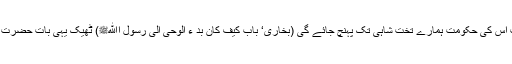
ہرقل نے کہا : اس داعی حق کے جو اوصاف یہ بیان کررہے ہیں اگر یہ سچ ہے تو عنقریب اس کی حکومت ہمارے تخت شاہی تک پہنچ جائے گی (بخاری‘ باب کیف کان بد ء الوحی الی رسول اﷲﷺ) ٹھیک یہی بات حضرت جعفر بن ابی طالب نے بھی شاہ جیش کے سامنے اپنے ایک طویل مکالمہ میں بیان کیا تھا۔